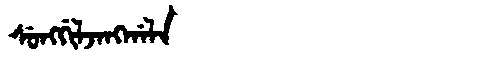
Manchu: ᠰᡠᠩᡤᡳᠯᠵᠠᠩᡤᠠᠯᠠ
Romanization: SUNGGILJANGGALA